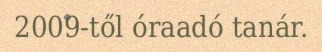
2009-től óraadó tanár.